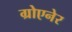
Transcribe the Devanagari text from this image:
ग्रोएनेर